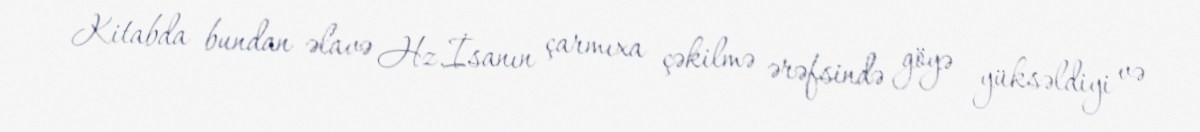
Kitabda bundan əlavə Hz.İsanın çarmıxa çəkilmə ərəfsində göyə yüksəldiyi və